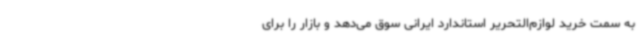
به سمت خرید لوازم‌التحریر استاندارد ایرانی سوق می‌دهد و بازار را برای